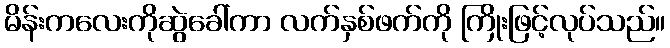
မိန်းကလေးကိုဆွဲခေါ်ကာ လက်နှစ်ဖက်ကို ကြိုးဖြင့်လုပ်သည်။